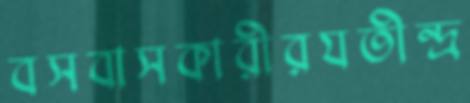
বসবাসকারীরযতীন্দ্র